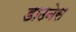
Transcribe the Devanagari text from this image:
डाउनेस